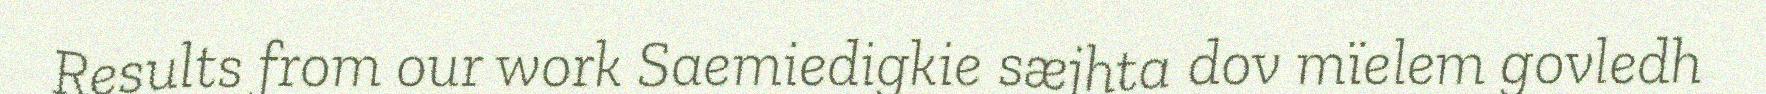
Results from our work Saemiedigkie sæjhta dov mïelem govledh